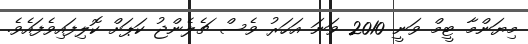
މިޔަންމާ ޓީމް ވަނީ 2010 ވަނަ އަހަރު ވެސް ޗެލެންޖު ކަޕަށް ކޮލިފައިވެފައެވެ.